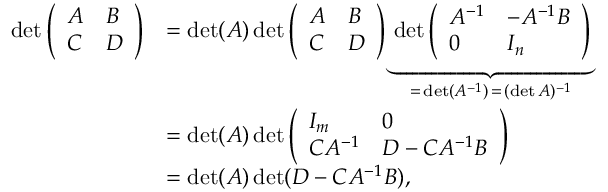
{ \begin{array} { r l } { \operatorname* { d e t } { \left( \begin{array} { l l } { A } & { B } \\ { C } & { D } \end{array} \right) } } & { = \operatorname* { d e t } ( A ) \operatorname* { d e t } { \left( \begin{array} { l l } { A } & { B } \\ { C } & { D } \end{array} \right) } \underbrace { \operatorname* { d e t } { \left( \begin{array} { l l } { A ^ { - 1 } } & { - A ^ { - 1 } B } \\ { 0 } & { I _ { n } } \end{array} \right) } } _ { = \, \operatorname* { d e t } ( A ^ { - 1 } ) \, = \, ( \operatorname* { d e t } A ) ^ { - 1 } } } \\ & { = \operatorname* { d e t } ( A ) \operatorname* { d e t } { \left( \begin{array} { l l } { I _ { m } } & { 0 } \\ { C A ^ { - 1 } } & { D - C A ^ { - 1 } B } \end{array} \right) } } \\ & { = \operatorname* { d e t } ( A ) \operatorname* { d e t } ( D - C A ^ { - 1 } B ) , } \end{array} }